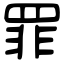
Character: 罪